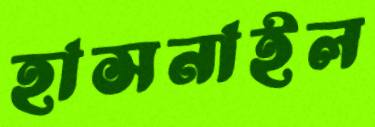
হাসনাইল